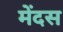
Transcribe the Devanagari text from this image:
मेंदस